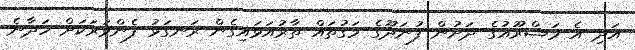
އަދި އެ މަޝްރޫއުގެ ދަށުން ފުނަދޫގެ މަގުތައް ތާރުއަޅައިގެން ރަނގަޅު ފެންވަރަކަށް ހަދާނެ